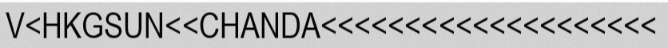
V<HKGSUN<<CHANDA<<<<<<<<<<<<<<<<<<<<